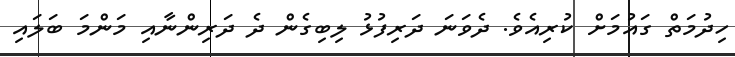
ހިދުމަތް ގައުމަށް ކުރިއެވެ. ދެވަނަ ދަރިފުޅު ލިބިގެން ދެ ދަރިންނާއި މަންމަ ބަލައި